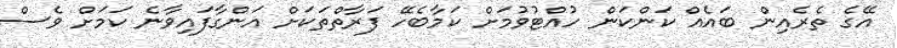
އޭގެ ތެރެއިން ބައެއް ކަންކަން ހުއްޓުވުމަށް ކަމާބެހޭ ފަރާތްތަކަށް އަންގާފައިވާނެ ކަމަށް ވެސް